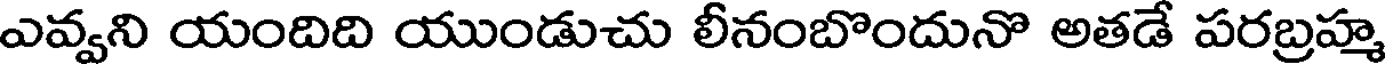
ఎవ్వని యందిది యుండుచు లీనంబొందునొ అతడే పరబ్రహ్మ